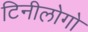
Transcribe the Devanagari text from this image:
टिनीलोगो